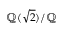
\mathbb { Q } ( { \sqrt { 2 } } ) / \mathbb { Q }